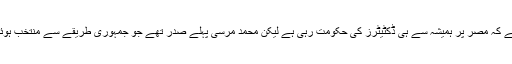
خیال رہے کہ مصر پر ہمیشہ سے ہی ڈکٹیٹرز کی حکومت رہی ہے لیکن محمد مرسی پہلے صدر تھے جو جمہوری طریقے سے منتخب ہوئے تھے۔